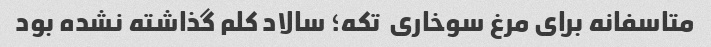
متاسفانه برای مرغ سوخاری  تکه؛ سالاد کلم گذاشته نشده بود